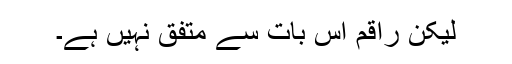
لیکن راقم اس بات سے متفق نہیں ہے۔